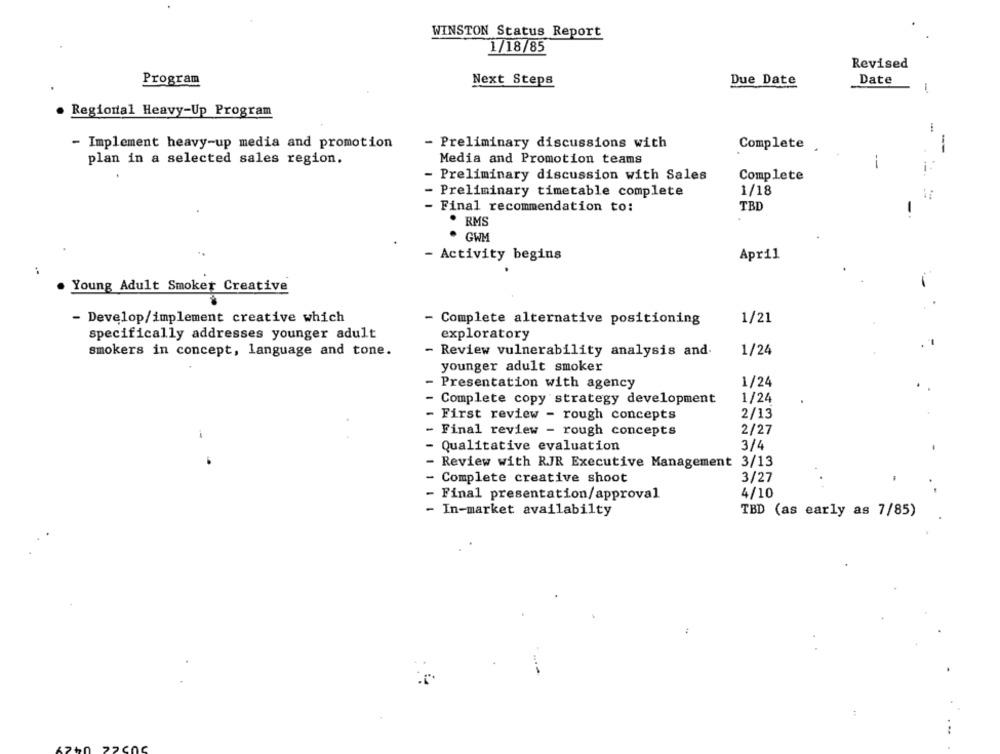
WINSTON Status Report
1/18/85
Revised
Program
Next Steps
Due Date
Date
1
Regional Heavy-Up Program
- Preliminary discussions with
- Implement heavy-up media and promotion
Complete
--
plan in a selected sales region.
Media and Promotion teams
-
Preliminary discussion with Sales
Complete
Preliminary timetable complete
1/18
Final recommendation to:
TBD
. RMS
GWM
- Activity begins
April
Young Adult Smoker Creative
- Develop/implement creative which
- Complete alternative positioning
1/21
specifically addresses younger adult
exploratory
smokers in concept, language and tone.
- Review vulnerability analysis and.
1/24
younger adult smoker
Presentation with agency
1/24
1/24
Complete copy strategy development
2/13
First review - rough concepts
Final review - rough concepts
2/27
3/4
Qualitative evaluation
Review with RJR Executive Management 3/13
Complete creative shoot
3/27
Final presentation/approval
4/10
- In-market availabilty
TBD (as early as 7/85)